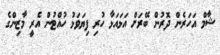
ޝާމް އަހަރެން ދޮރުން ބޭރަށް އަޅައަޅާ ހުރި ފިޔަވަޅު ހުއްޓުން އެރީ މާޒިންގެ